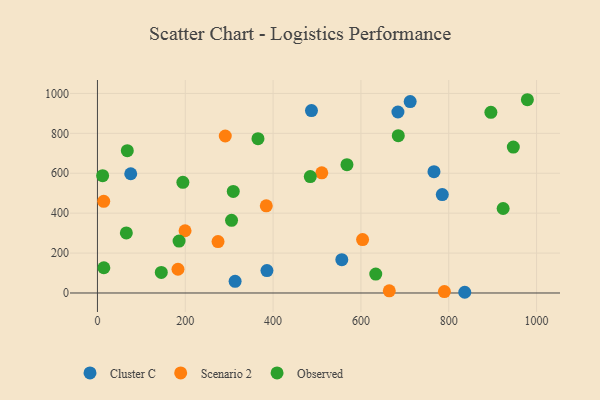
{"axis": {"x": "Experience", "y": "Sales"}, "legend": ["Cluster C", "Observed", "Scenario 2"], "data": [{"x": "487.4", "y": 914.1, "type": "Cluster C"}, {"x": "556.5", "y": 166.8, "type": "Cluster C"}, {"x": "684.3", "y": 906.9, "type": "Cluster C"}, {"x": "766.4", "y": 608.1, "type": "Cluster C"}, {"x": "785.3", "y": 493.2, "type": "Cluster C"}, {"x": "75.8", "y": 597.6, "type": "Cluster C"}, {"x": "836.5", "y": 3.6, "type": "Cluster C"}, {"x": "712.2", "y": 959.0, "type": "Cluster C"}, {"x": "313.5", "y": 58.6, "type": "Cluster C"}, {"x": "386.0", "y": 112.3, "type": "Cluster C"}, {"x": "664.6", "y": 11.0, "type": "Scenario 2"}, {"x": "603.8", "y": 267.7, "type": "Scenario 2"}, {"x": "790.1", "y": 7.3, "type": "Scenario 2"}, {"x": "183.4", "y": 119.0, "type": "Scenario 2"}, {"x": "510.9", "y": 602.0, "type": "Scenario 2"}, {"x": "274.6", "y": 257.8, "type": "Scenario 2"}, {"x": "199.5", "y": 311.9, "type": "Scenario 2"}, {"x": "291.1", "y": 786.7, "type": "Scenario 2"}, {"x": "14.3", "y": 459.5, "type": "Scenario 2"}, {"x": "384.5", "y": 436.9, "type": "Scenario 2"}, {"x": "68.0", "y": 713.4, "type": "Observed"}, {"x": "194.6", "y": 554.6, "type": "Observed"}, {"x": "979.1", "y": 968.5, "type": "Observed"}, {"x": "633.8", "y": 94.6, "type": "Observed"}, {"x": "145.4", "y": 102.9, "type": "Observed"}, {"x": "185.9", "y": 260.4, "type": "Observed"}, {"x": "309.3", "y": 509.0, "type": "Observed"}, {"x": "484.7", "y": 583.6, "type": "Observed"}, {"x": "923.9", "y": 423.5, "type": "Observed"}, {"x": "65.8", "y": 300.9, "type": "Observed"}, {"x": "11.8", "y": 588.0, "type": "Observed"}, {"x": "14.6", "y": 126.5, "type": "Observed"}, {"x": "896.0", "y": 905.6, "type": "Observed"}, {"x": "305.4", "y": 364.3, "type": "Observed"}, {"x": "685.1", "y": 788.5, "type": "Observed"}, {"x": "568.2", "y": 642.9, "type": "Observed"}, {"x": "365.6", "y": 773.4, "type": "Observed"}, {"x": "947.1", "y": 731.3, "type": "Observed"}]}